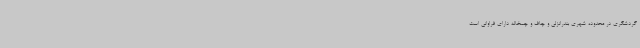
گردشگری در محدوده شهری بندرانزلی و چاف و چمخاله دارای فراوانی است